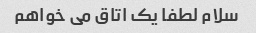
سلام لطفا یک اتاق می خواهم